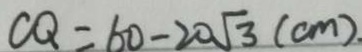
C Q = 6 0 - 2 0 \sqrt { 3 } ( c m ) .